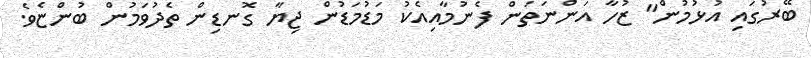
ބޭރުގައި އުޅުމުން" ޒުހާ އަންނަތަން ފެނުމާއިއެކު މަޑުމަޑުން ޖިޔާ ގޮނޑިން ތެދުވަމުން ބުންޏެވެ.